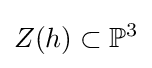
Z(h)\subset \mathbb {P} ^{3}